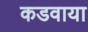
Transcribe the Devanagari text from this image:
कडवाया